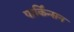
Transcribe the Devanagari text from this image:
पार्किंन्सन